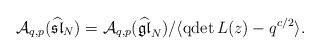
LaTeX: \begin{align*}\mathcal{A}_{q,p}(\mathfrak{\widehat{sl}}_{N}) = \mathcal{A}_{q,p}(\mathfrak{\widehat{gl}}_{N}) / \langle \mathrm{qdet}\,L(z) - q^{c/2} \rangle.\end{align*}